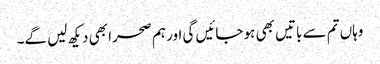
وہاں تم سے باتیں بھی ہو جائیں گی اور ہم صحرا بھی دیکھ لیں گے۔